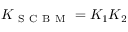
K _ { \mathrm { ~ S ~ C ~ B ~ M ~ } } = K _ { 1 } K _ { 2 }